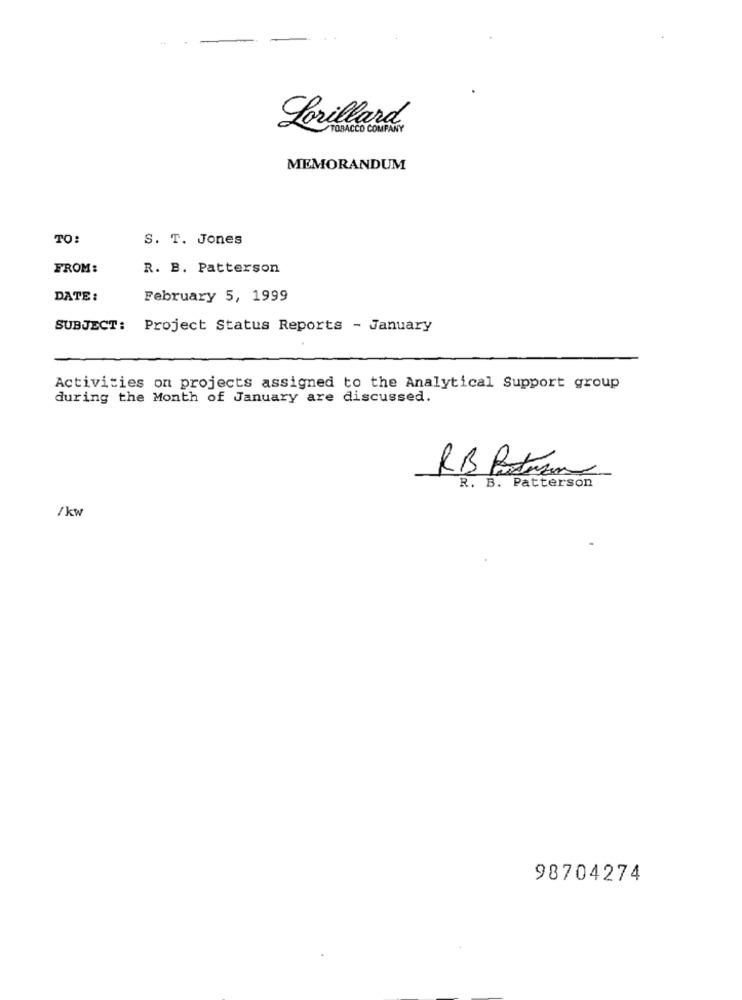
Lorillard
TOBACCO COMPANY
MEMORANDUM
TO:
S. T. Jones
FROM:
R. B. Patterson
DATE :
February 5, 1999
SUBJECT: Project Status Reports - January
Activities on projects assigned to the Analytical Support group
during the Month of January are discussed.
RB Patron
R. B. Patterson
/kw
98704274